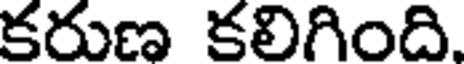
కరుణ కలిగింది.